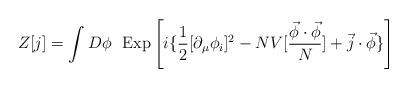
LaTeX: \begin{align*}Z[j] = \int D \phi~~{\rm Exp} \left[ i \{ \frac{1}{2 }[\partial_\mu\phi_i]^2 - NV[\frac{\vec \phi \cdot \vec \phi}{N}] +\vec j \cdot \vec \phi \} \right]\end{align*}